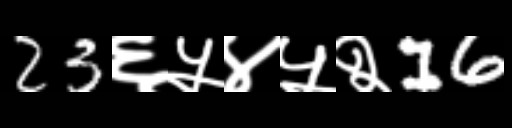
Text: 23६५४५२16